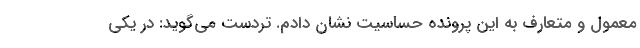
معمول و متعارف به این پرونده حساسیت نشان دادم. تردست می‌گوید: در یکی